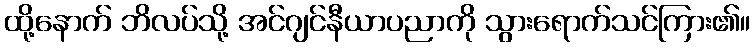
ထို့နောက် ဘိလပ်သို့ အင်ဂျင်နီယာပညာကို သွားရောက်သင်ကြား၏။